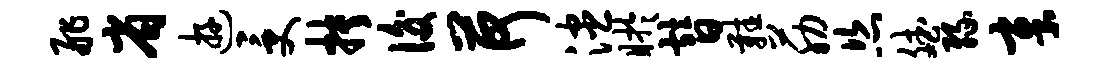
舴省游受抉后荷漶盱替鞋筋恣斌缘章